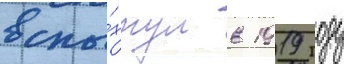
вспы́хнул в 1919 году